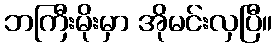
ဘကြီးမိုးမှာ အိုမင်းလှပြီ။